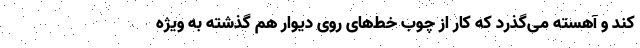
کُند و آهسته می‌گذرد که کار از چوب خط‌های روی دیوار هم گذشته به ویژه